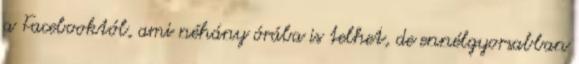
a Facebooktól, ami néhány órába is telhet, de ennélgyorsabban